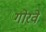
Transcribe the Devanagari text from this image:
गोरवे